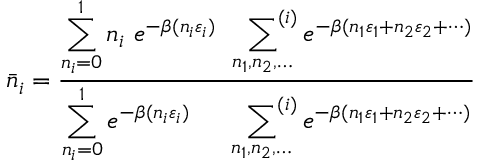
{ \bar { n } } _ { i } = { \frac { \displaystyle \sum _ { n _ { i } = 0 } ^ { 1 } n _ { i } \ e ^ { - \beta ( n _ { i } \varepsilon _ { i } ) } \quad \sideset { } { ^ { ( i ) } } \sum _ { n _ { 1 } , n _ { 2 } , \dots } e ^ { - \beta ( n _ { 1 } \varepsilon _ { 1 } + n _ { 2 } \varepsilon _ { 2 } + \cdots ) } } { \displaystyle \sum _ { n _ { i } = 0 } ^ { 1 } e ^ { - \beta ( n _ { i } \varepsilon _ { i } ) } \qquad \sideset { } { ^ { ( i ) } } \sum _ { n _ { 1 } , n _ { 2 } , \dots } e ^ { - \beta ( n _ { 1 } \varepsilon _ { 1 } + n _ { 2 } \varepsilon _ { 2 } + \cdots ) } } }